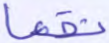
نقعا